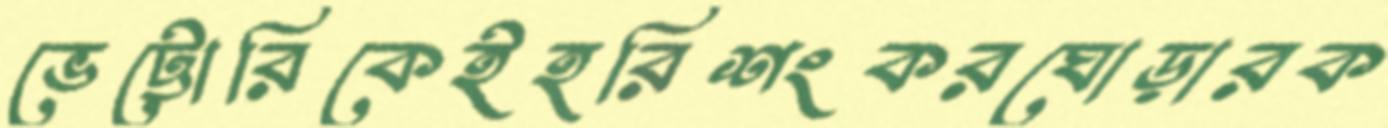
ভেট্টোরিকেইহরিশংকরঘোড়ারক